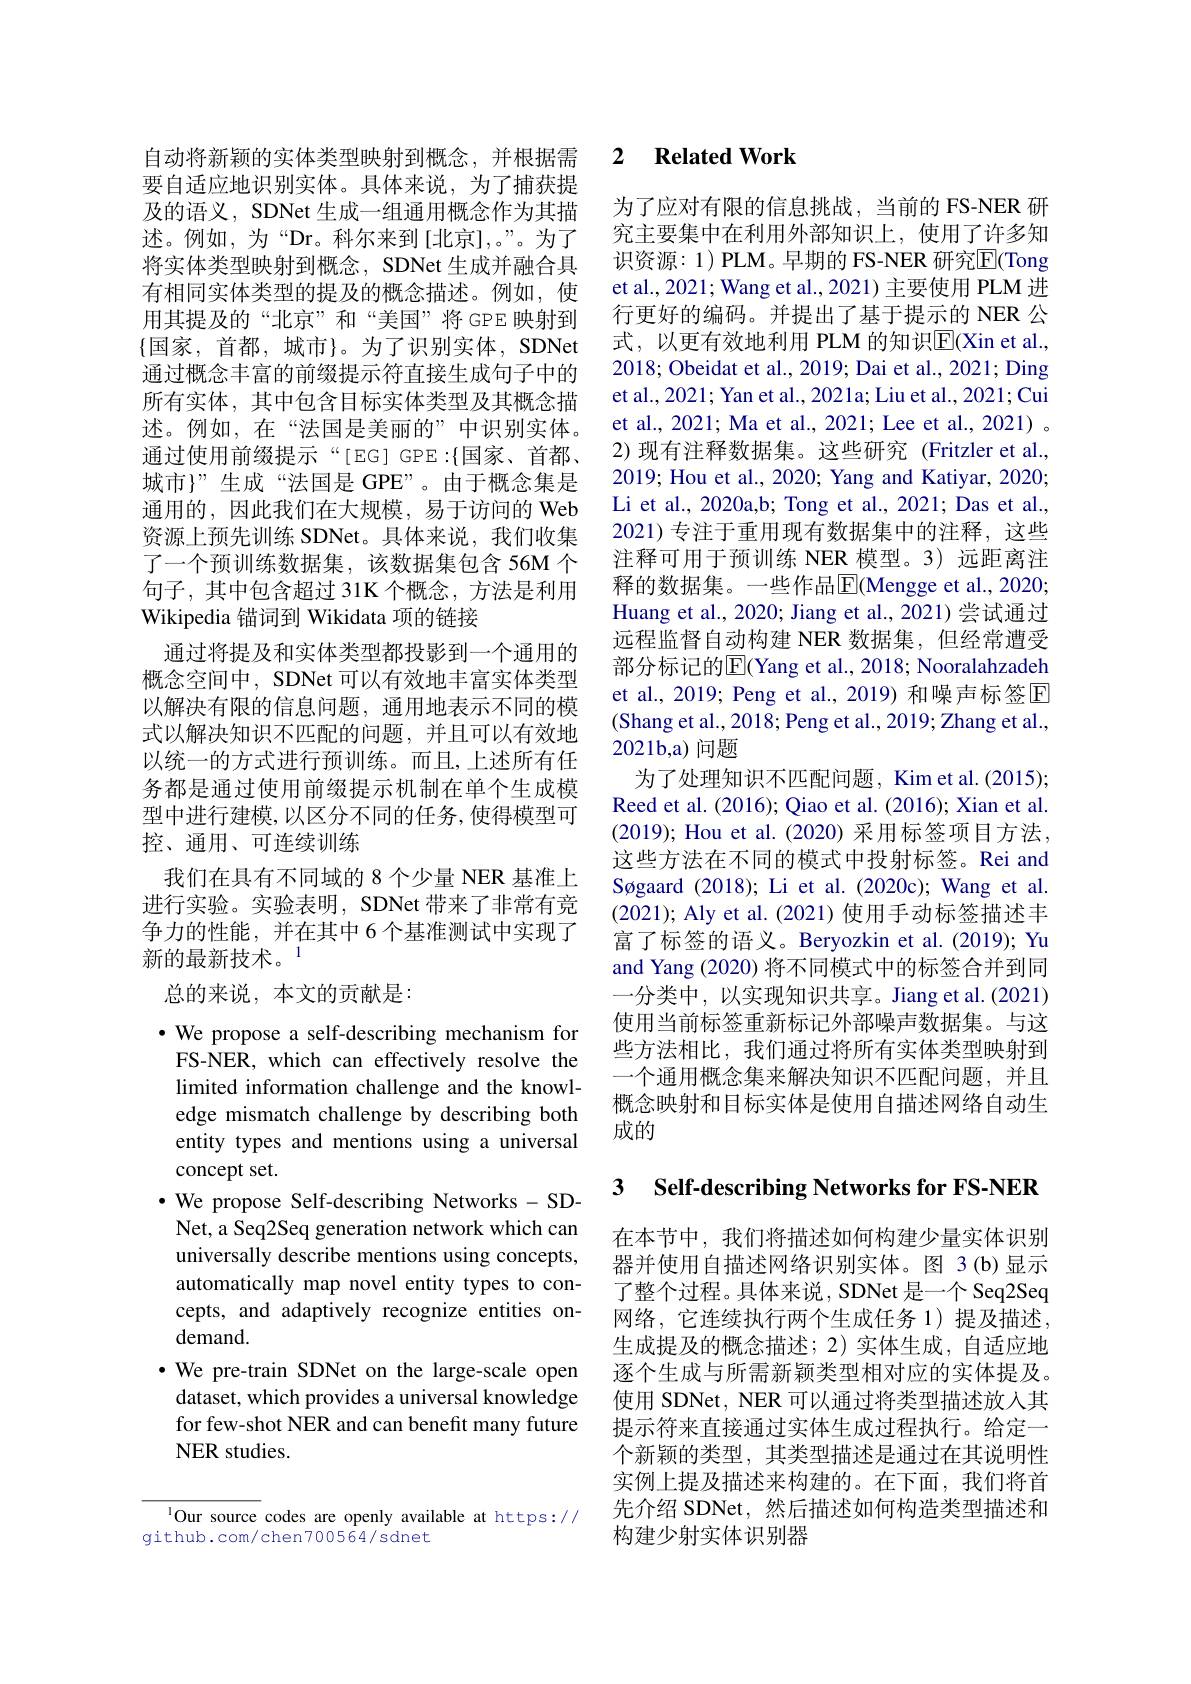
要自适应地识别实体。具体来说，为了捕获提及的语义，SDNet 生成一组通用概念作为其描述。例如，为“Dr。科尔来到[北京],。”。为了将实体类型映射到概念，SDNet 生成并融合具有相同实体类型的提及的概念描述。例如，使用其提及的“北京”和“美国”将GPE映射到$\{$国家，首都，城市$\}$。为了识别实体，SDNet 通过概念丰富的前缀提示符直接生成句子中的所有实体，其中包含目标实体类型及其概念描述。例如，在“法国是美丽的”中识别实体。通过使用前缀提示“[EG]GPE:$\{国家、首都$, 城市}”生成“法国是 GPE”。由于概念集是通用的，因此我们在大规模，易于访问的 Web 资源上预先训练 SDNet。具体来说，我们收集了一个预训练数据集，该数据集包含 56M 个句子，其中包含超过 31K 个概念，方法是利用Wikipedia 锚词到 Wikidata 项的链接
通过将提及和实体类型都投影到一个通用的概念空间中，SDNet 可以有效地丰富实体类型以解决有限的信息问题，通用地表示不同的模式以解决知识不匹配的问题，并且可以有效地以统一的方式进行预训练。而且，上述所有任务都是通过使用前缀提示机制在单个生成模型中进行建模，以区分不同的任务，使得模型可控、通用、可连续训练
我们在具有不同域的 8 个少量 NER 基准上进行实验。实验表明，SDNet 带来了非常有竞争力的性能，并在其中 6 个基准测试中实现了新的最新技术。1
总的来说，本文的贡献是：
$\cdot$ We propose a self-describing mechanism for FS-NER, which can effectively resolve the limited information challenge and the knowledge mismatch challenge by describing both entity types and mentions using a universal concept set.
$\cdot$ We propose Self-describing Networks - SDNet, a Seq2Seq generation network which can universally describe mentions using concepts, automatically map novel entity types to concepts, and adaptively recognize entities ondemand.
·We pre-train SDNet on the large-scale open
dataset, which provides a universal knowledge for few-shot NER and can benefit many future NER studies.

lOur source codes are openly available at https://
github. com/ chen700564/ sdnet

## 自动将新颖的实体类型映射到概念，并根据需 2 Related Work

为了应对有限的信息挑战，当前的 FS-NER 研究主要集中在利用外部知识上，使用了许多知识资源：1) PLM。早期的 FS-NER 研究$\overline{\mathrm{E}}($Tong et al., 2021; Wang et al., 2021) 主要使用 PLM 进行更好的编码。并提出了基于提示的 NER 公式，以更有效地利用 PLM 的知识E$( Xin et al. $, 2018; Obeidat et al., 2019; Dai et al., 2021; Ding et al., 2021; Yan et al., 2021a; Liu et al., 2021; Cui et al., 2021; Ma et al., 2021; Lee et al., 2021) 。2)现有注释数据集。这些研究(Fritzler et al., 2019; Hou et al., 2020; Yang and Katiyar, 2020; Li et al., 2020a,b; Tong et al., 2021; Das et al., 2021)专注于重用现有数据集中的注释，这些注释可用于预训练 NER 模型。3) 远距离注释的数据集。一些作品$\operatorname{E}($Mengge et al., 2020; Huang et al., 2020; Jiang et al., 2021) 尝试通过远程监督自动构建 NER 数据集，但经常遭受部分标记的E(Yang et al., 2018; Nooralahzadeh et al., 2019; Peng et al., 2019) 和噪声标签$\mathbb{E}$ (Shang et al., 2018; Peng et al., 2019; Zhang et al., 2021b,a) 问题
为了处理知识不匹配问题，Kim et al.(2015); Reed et al. (2016); Qiao et al. (2016); Xian et al. (2019); Hou et al.(2020) 采用标签项目方法， 这些方法在不同的模式中投射标签。Rei and Søgaard (2018); Li et al. (2020c); Wang et al. (2021); Aly et al. (2021) 使用手动标签描述丰富了标签的语义。Beryozkin et al.(2019); Yu and Yang (2020) 将不同模式中的标签合并到同一分类中，以实现知识共享。Jiang et al.(2021) 使用当前标签重新标记外部噪声数据集。与这些方法相比，我们通过将所有实体类型映射到一个通用概念集来解决知识不匹配问题，并且概念映射和目标实体是使用自描述网络自动生成的

# 3 Self-describing Networks for FS-NER

在本节中，我们将描述如何构建少量实体识别器并使用自描述网络识别实体。图 3(b)显示了整个过程。具体来说，SDNet 是一个 Seq2Seq 网络，它连续执行两个生成任务 1)提及描述， 生成提及的概念描述；2)实体生成，自适应地逐个生成与所需新颖类型相对应的实体提及。使用 SDNet, NER 可以通过将类型描述放人其提示符来直接通过实体生成过程执行。给定一个新颖的类型，其类型描述是通过在其说明性实例上提及描述来构建的。在下面，我们将首先介绍 SDNet,然后描述如何构造类型描述和构建少射实体识别器